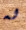
له